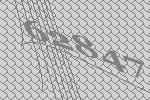
62847